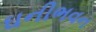
ઘનીભવન